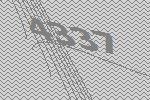
4337